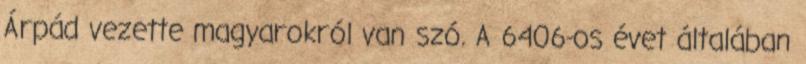
Árpád vezette magyarokról van szó. A 6406-os évet általában